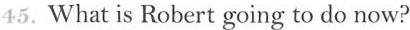
45.What is Robert going to do now?